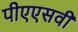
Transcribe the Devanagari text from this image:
पीएएसवी